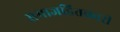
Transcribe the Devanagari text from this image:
समाजहितकारी